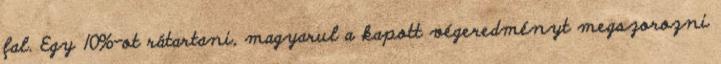
fal. Egy 10%-ot rátartani, magyarul a kapott végeredményt megszorozni